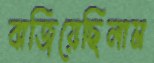
বাজিয়েছিলাম